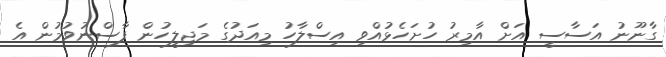
ގާނޫނު އަސާސީ އަށް އާމިރު ހުށަހެޅުއްވި އިސްލާހު މިއަދުގެ މަޖިލީހުން ފާސްނުވުމުން އެ